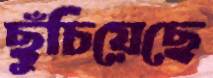
ছুঁচিয়েছে